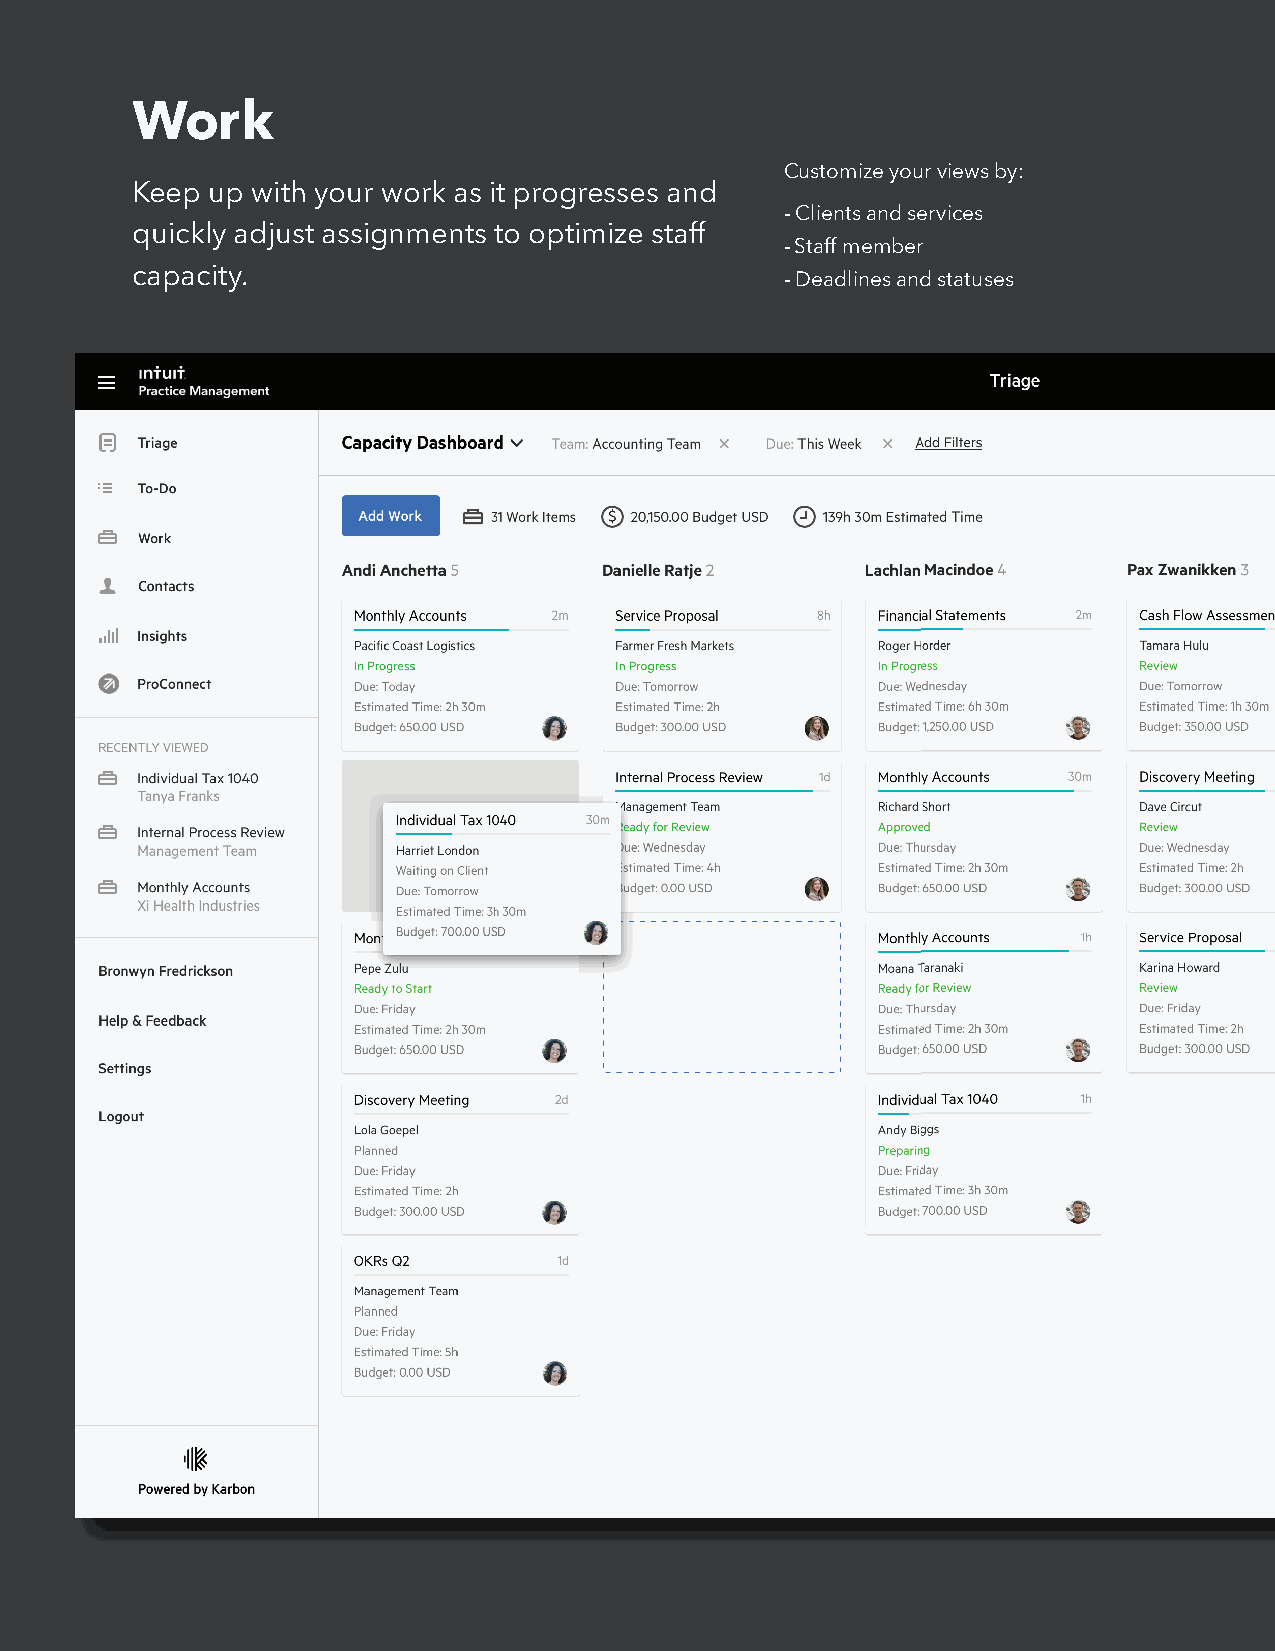
Work
 Customize your views by:
 Keep up with your work as it progresses and
 - Clients and services
 quickly adjust assignments to optimize staff
 - Staff member
 capacity.
 - Deadlines and statuses